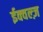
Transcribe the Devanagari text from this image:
ईक्वल्ज़